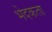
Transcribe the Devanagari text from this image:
भेदकता